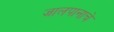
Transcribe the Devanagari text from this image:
जालपानाचे